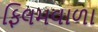
ફિલમવાળા